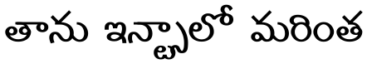
తాను ఇన్స్టాలో మరింత